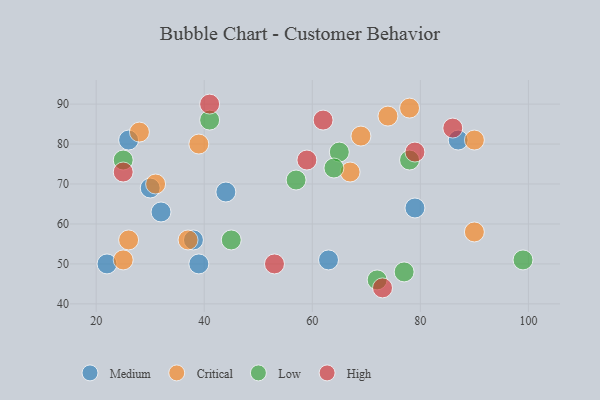
{"axis": {"x": "GDP", "y": "Life Expectancy"}, "legend": ["Critical", "High", "Low", "Medium"], "data": [{"x": "30", "y": 69, "type": "Medium"}, {"x": "44", "y": 68, "type": "Medium"}, {"x": "32", "y": 63, "type": "Medium"}, {"x": "26", "y": 81, "type": "Medium"}, {"x": "79", "y": 64, "type": "Medium"}, {"x": "38", "y": 56, "type": "Medium"}, {"x": "39", "y": 50, "type": "Medium"}, {"x": "22", "y": 50, "type": "Medium"}, {"x": "63", "y": 51, "type": "Medium"}, {"x": "87", "y": 81, "type": "Medium"}, {"x": "31", "y": 70, "type": "Critical"}, {"x": "90", "y": 81, "type": "Critical"}, {"x": "90", "y": 58, "type": "Critical"}, {"x": "26", "y": 56, "type": "Critical"}, {"x": "78", "y": 89, "type": "Critical"}, {"x": "69", "y": 82, "type": "Critical"}, {"x": "74", "y": 87, "type": "Critical"}, {"x": "25", "y": 51, "type": "Critical"}, {"x": "39", "y": 80, "type": "Critical"}, {"x": "28", "y": 83, "type": "Critical"}, {"x": "37", "y": 56, "type": "Critical"}, {"x": "67", "y": 73, "type": "Critical"}, {"x": "72", "y": 46, "type": "Low"}, {"x": "78", "y": 76, "type": "Low"}, {"x": "57", "y": 71, "type": "Low"}, {"x": "41", "y": 86, "type": "Low"}, {"x": "25", "y": 76, "type": "Low"}, {"x": "65", "y": 78, "type": "Low"}, {"x": "99", "y": 51, "type": "Low"}, {"x": "64", "y": 74, "type": "Low"}, {"x": "77", "y": 48, "type": "Low"}, {"x": "45", "y": 56, "type": "Low"}, {"x": "53", "y": 50, "type": "High"}, {"x": "62", "y": 86, "type": "High"}, {"x": "41", "y": 90, "type": "High"}, {"x": "86", "y": 84, "type": "High"}, {"x": "79", "y": 78, "type": "High"}, {"x": "25", "y": 73, "type": "High"}, {"x": "59", "y": 76, "type": "High"}, {"x": "73", "y": 44, "type": "High"}]}